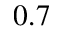
0 . 7